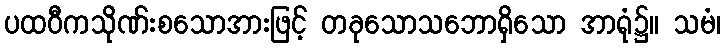
ပထဝီကသိုဏ်းစသောအားဖြင့် တခုသောသဘောရှိသော အာရုံ၌။ သမံ၊